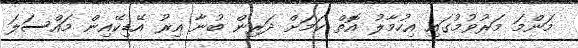
މަންމަ މަރުވުމުގައި އިހުމާލު އޮތް ކަމަށް ދަރިން ބުނާ އިރު އޭޑިކޭއިން މައްސަލަ